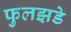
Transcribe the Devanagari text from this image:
फुलझडे